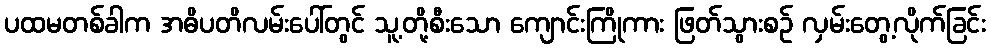
ပထမတစ်ခါက အဓိပတိလမ်းပေါ်တွင် သူ့တို့စီးသော ကျောင်းကြိုကား ဖြတ်သွားစဉ် လှမ်းတွေ့လိုက်ခြင်း